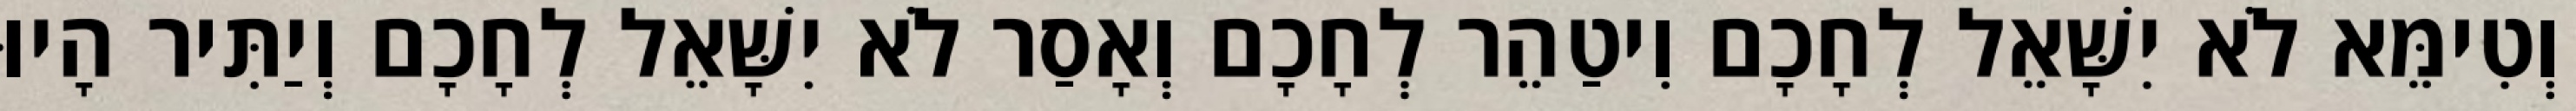
וְטִימֵּא לֹא יִשָּׁאֵל לְחָכָם וִיטַהֵר לְחָכָם וְאָסַר לֹא יִשָּׁאֵל לְחָכָם וְיַתִּיר הָיוּ